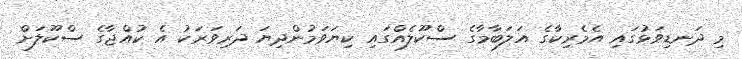
މި ދަނޑިވަޅުގައި އެމެރިކާގެ އަލަބާމާގެ ސްކޫލެއްގައި ކިޔަވަމުންދިޔަ ދަރިވަރަކު އެ ކުއްޖާގެ ސްކޫލަށް